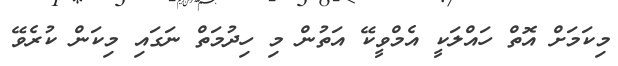
މިކަމަށް އޮތް ހައްލަކީ އެމްވީކޭ އަތުން މި ހިދުމަތް ނަގައި މިކަން ކުރެވޭ